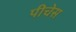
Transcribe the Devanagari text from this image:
पीचेस